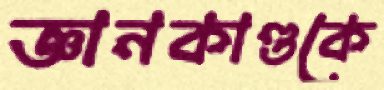
জ্ঞানকাণ্ডকে